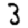
Digit: 3